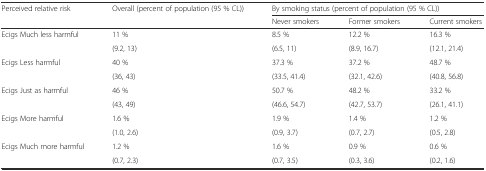
| Perceived relative risk | Overall (percent of population (95 % CL)) | <COLSPAN=3> By smoking status (percent of population (95 % CL)) |
 |  |  | Never smokers | Former smokers | Current smokers |
 | --- | --- | --- | --- | --- |
 | <ROWSPAN=2> Ecigs Much less harmful | 11 % | 8.5 % | 12.2 % | 16.3 % |
 | (9.2, 13) | (6.5, 11) | (8.9, 16.7) | (12.1, 21.4) |
 | <ROWSPAN=2> Ecigs Less harmful | 40 % | 37.3 % | 37.2 % | 48.7 % |
 | (36, 43) | (33.5, 41.4) | (32.1, 42.6) | (40.8, 56.8) |
 | <ROWSPAN=2> Ecigs Just as harmful | 46 % | 50.7 % | 48.2 % | 33.2 % |
 | (43, 49) | (46.6, 54.7) | (42.7, 53.7) | (26.1, 41.1) |
 | <ROWSPAN=2> Ecigs More harmful | 1.6 % | 1.9 % | 1.4 % | 1.2 % |
 | (1.0, 2.6) | (0.9, 3.7) | (0.7, 2.7) | (0.5, 2.8) |
 | <ROWSPAN=2> Ecigs Much more harmful | 1.2 % | 1.6 % | 0.9 % | 0.6 % |
 | (0.7, 2.3) | (0.7, 3.5) | (0.3, 3.6) | (0.2, 1.6) |